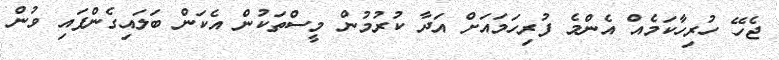
ޖެހޭ ހުރިހާކަމެއް އެންމެ ފުރިހަމައަށް އަދާ ކުރުމުން މީސްތަކުން އެކަން ބަލައިގެންފައި ވުން